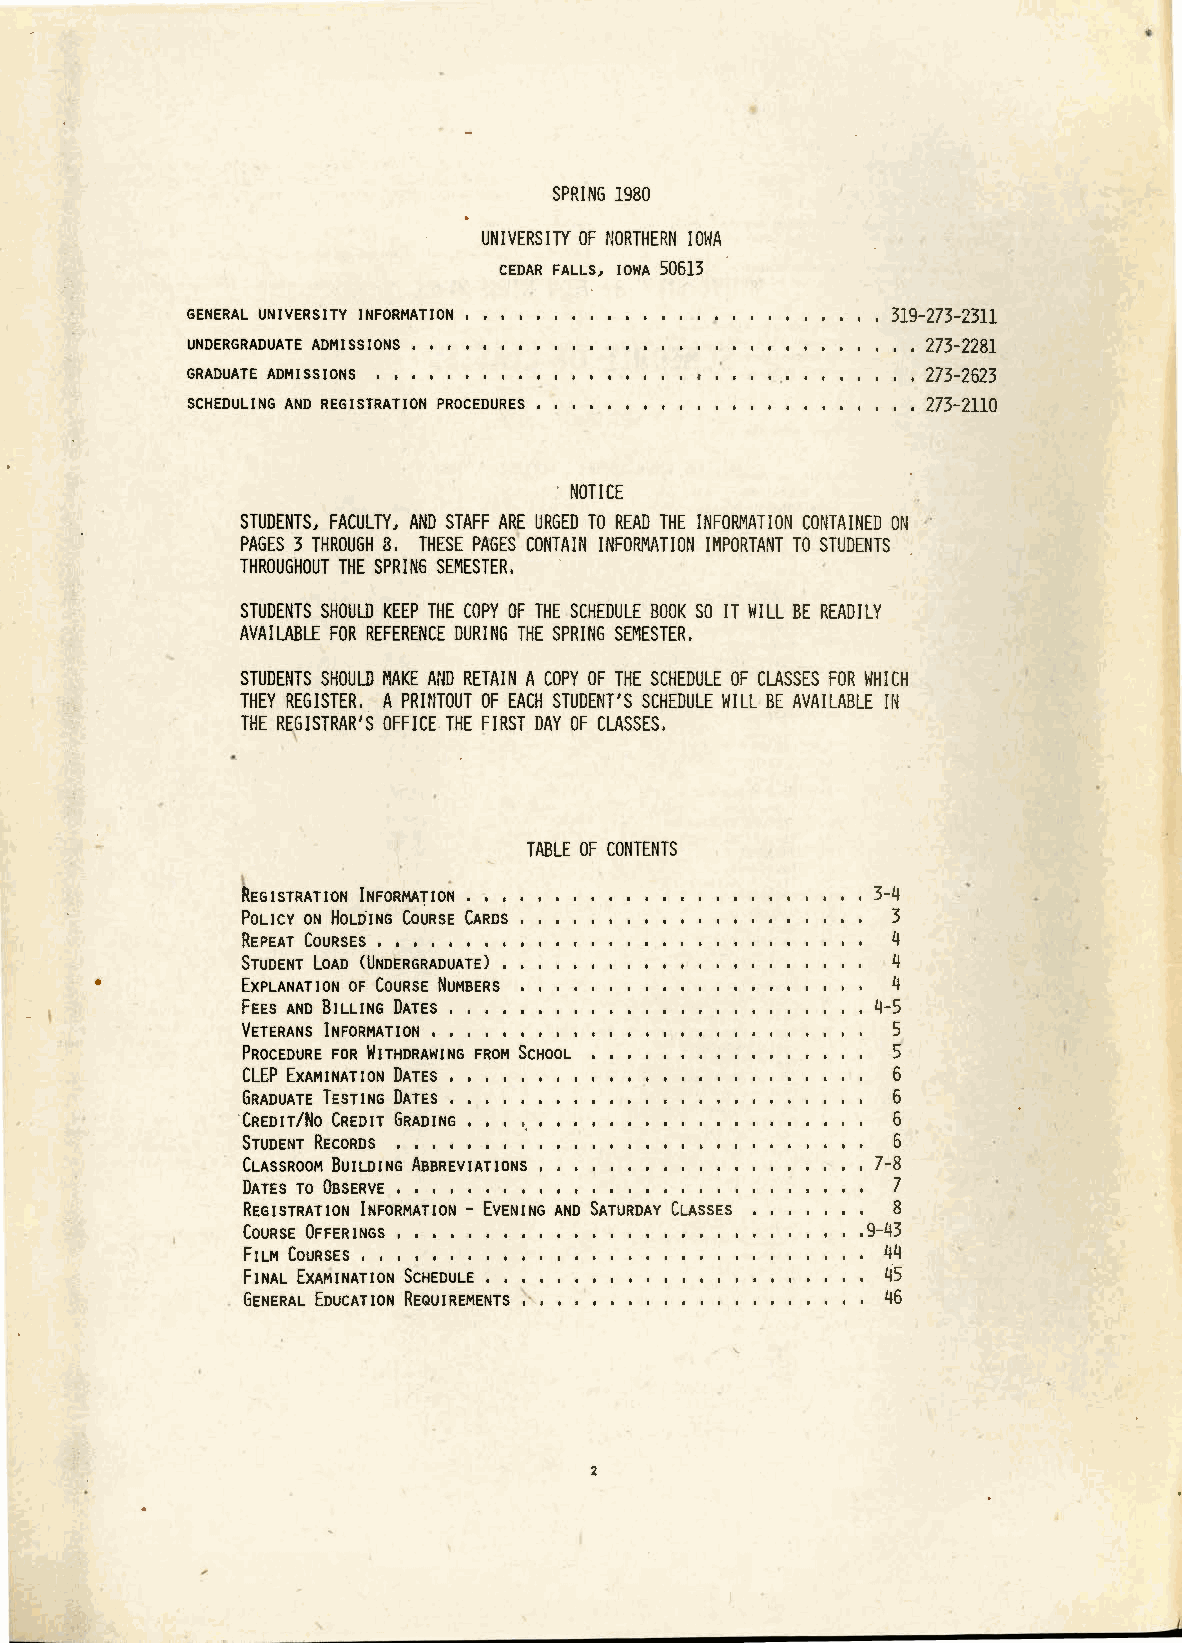
SPRING 1980
 UNIVERSITY OF NORTHERN IOHA
 CEDAR FALLS, IOWA 50613
 GENERAL UNIVERSITY INFORMATION                 319-273-2311
 UNDERGRADUATE ADMISSIONS , , ,                   273-2281
 GRADUATE ADMISSIONS , , , , ,     '              273-2623
 '
 SCHEDULING AND REGISTRATION PROCEDURES           273-2110
 · NOTICE
 STUDENTS, FACULTY, AND STAFF ARE URGED TO READ THE INFORMATION CONTAINED ON
 PAGES 3 THROUGH 8, THESE PAGES CONTAIN INFORMATION IMPORTANT TO STUDENTS
 THROUGHOUT THE SPRING SEMESTER.
 STUDENTS SHOULD KEEP THE COPY OF THE SCHEDULE BOOK SO IT WILL BE READILY
 AVAILABLE FOR REFERENCE DURING THE SPRING SEMESTER,
 STUDENTS SHOULD MAKE AND RETAIN A COPY OF THE SCHEDULE OF CLASSES FOR \o/HICH
 THEY REGISTER. A PRHITOUT OF EACH STUDENT'S SCHEDULE WILL BE AVAILABLE rn
 THE REf ISTRAR'S OFFICE.THE FIRST DAY OF CLASSES.
 TABLE OF CONTENTS
 REGISTRATION INFORMATION                  3-4
 PoucY oN HouilNG CouRsE CARDS ,            3
 REPEAT COURSES , , , , , , , ,             4
 STUDENT LOAD (UNDERGRADUATE) ,             4
 •         EXPLANATION OF COURSE NUMBERS              4
 - I           FEES AND BILLING DATES ' ' ' '            4-5
 VETERANS INFORMATION , , , , ,             5
 PROCEDURE FOR WITHDRAWING FROM SCHOOL      5
 CLEP EXAMINATION DATES '                   6
 GRADUATE TESTING DATES ,                   6
 ·CREDIT/No CREDIT GRADING                  6
 STUDENT RECORDS , , , ,                    6
 CLASSROOM BUILDING ABBREVIATIONS          7-8
 DATES TO OBSERVE , , , , , , , ,           7
 REGISTRATION INFORMATION - EVENING AND SATURDAY CLASSES 8
 COURSE OFFERINGS , , , , ,               ,9-43
 FILM COURSES , , , , , , , , ,             44
 FINAL EXAMINATION SCHEDULE , ,             45
 GENERAL EDUCATION REQUIREMENTS ,           46